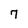
Character: 7